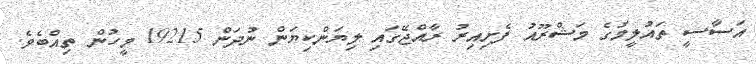
އަސާސީ ތައުލީމުގެ މަޝްރޫއު ފެށިއިރު ރާއްޖޭގައި ލިޔަންކިޔަން ނުދަން 19215 މީހުން ތިއްބެވެ.